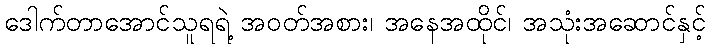
ဒေါက်တာအောင်သူရရဲ့ အဝတ်အစား၊ အနေအထိုင်၊ အသုံးအဆောင်နှင့်